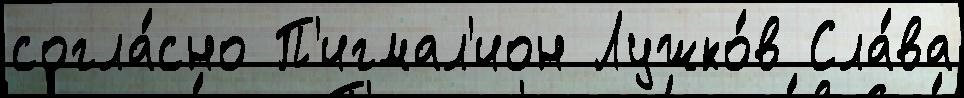
согла́сно П'игмал'ион Лужко́в Сла́ва